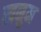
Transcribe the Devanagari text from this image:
खनुम